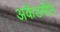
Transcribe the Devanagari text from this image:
अकॅडमीने